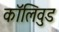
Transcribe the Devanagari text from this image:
कॉलिवुड